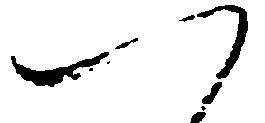
つ